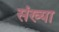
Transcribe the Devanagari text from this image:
संख्या